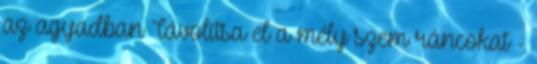
az agyadban Távolítsa el a mély szem ráncokat -